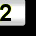
Digit: 2